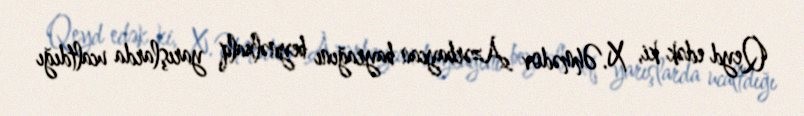
Qeyd edək ki, X.Əhmədov Azərbaycan bayrağını beynəlxalq yarışlarda ucaltdığı